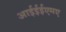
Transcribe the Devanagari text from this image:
आईईईएमए